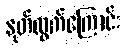
နုတ်ထွက်ကြောင်း